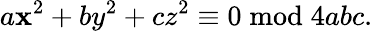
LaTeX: a\mathbf{x}^{2}+by^{2}+cz^{2}\equiv0{\bmod{4abc}}.